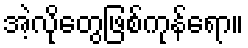
အဲ့လိုတွေဖြစ်ကုန်ရော။